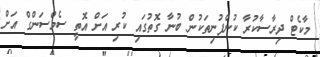
މާކެޓް ދިރާސާކުރާ ކުންފުނިތަކުން ބުނާ ގޮތުގައި ކުރި އަށް އޮތީ ސެމްސަންގް އަށް